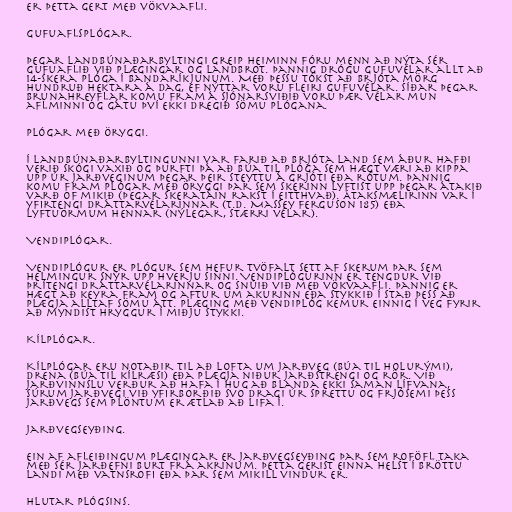
Er þetta gert með vökvaafli.

Gufuaflsplógar.

Þegar landbúnaðarbyltingi greip heiminn fóru menn að nýta sér
gufuaflið við plægingar og landbrot. Þannig drógu gufuvélar allt að
14-skera plóga í Bandaríkjunum. Með þessu tókst að brjóta mörg
hundruð hektara á dag, ef nýttar voru fleiri gufuvélar. Síðar þegar
brunahreyflar komu fram á sjónarsviðið voru þær vélar mun
aflminni og gátu því ekki dregið sömu plógana.

Plógar með öryggi.

Í landbúnaðarbyltingunni var farið að brjóta land sem áður hafði
verið skógi vaxið og þurfti þá að búa til plóga sem hægt væri að kippa
upp úr jarðveginum þegar þeir steyttu á grjóti eða rótum. Þannig
komu fram plógar með öryggi þar sem skerinn lyftist upp þegar átakið
varð of mikið (þegar skeratáin rakst í eitthvað). Átaksmælirinn var í
yfirtengi dráttarvélarinnar (t.d. Massey Ferguson 185) eða
lyftuörmum hennar (nýlegar, stærri vélar).

Vendiplógar.

Vendiplógur er plógur sem hefur tvöfalt sett af skerum þar sem
helmingur snýr upp hverju sinni. Vendiplógurinn er tengdur við
þrítengi dráttarvélarinnar og snúið við með vökvaafli. Þannig er
hægt að keyra fram og aftur um akurinn eða stykkið í stað þess að
plægja alltaf sömu átt. Plæging með vendiplóg kemur einnig í veg fyrir
að myndist hryggur í miðju stykki.

Kílplógar.

Kílplógar eru notaðir til að lofta um jarðveg (búa til holurými),
drena (búa til kílræsi) eða plægja niður jarðstrengi og rör. Við
jarðvinnslu verður að hafa í hug að blanda ekki saman lífvana,
súrum jarðvegi við yfirborðið svo dragi úr sprettu og frjósemi þess
jarðvegs sem plöntum er ætlað að lifa í.

Jarðvegseyðing.

Ein af afleiðingum plægingar er jarðvegseyðing þar sem roföfl taka
með sér jarðefni burt frá akrinum. Þetta gerist einna helst í bröttu
landi með vatnsrofi eða þar sem mikill vindur er.

Hlutar plógsins.